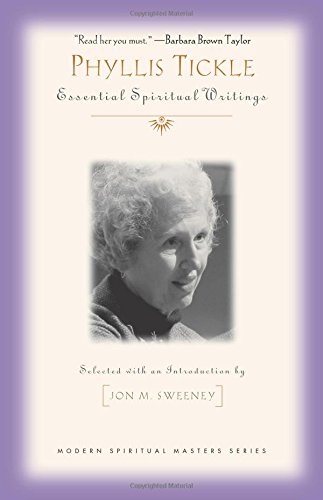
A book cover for Phyllis Tickle: Essential Spiritual Writings (Modern Spiritual Masters); Phyllis Tickle; Christian Books & Bibles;